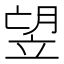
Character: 𥩿